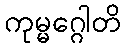
ကုမ္မဂ္ဂေါတိ